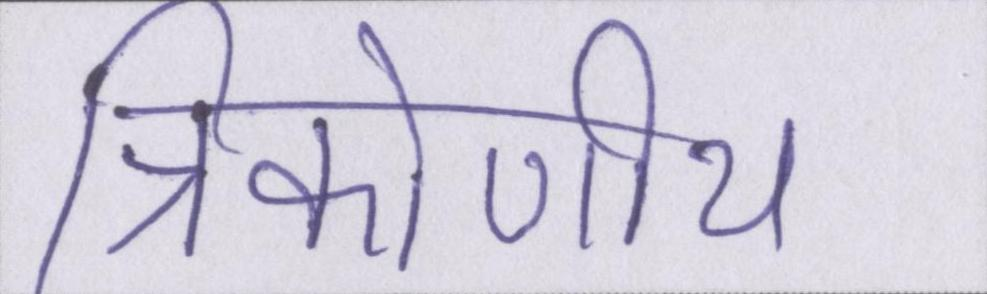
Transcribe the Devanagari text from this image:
त्रिकोणीय